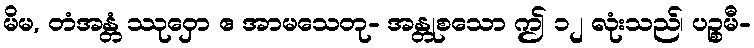
မိမ, တံအန္တံ ဿုဝှော ဧ အာမသေတု- အန္တုစသော ဤ ၁၂ လုံးသည်၊ ပဉ္စမီ-